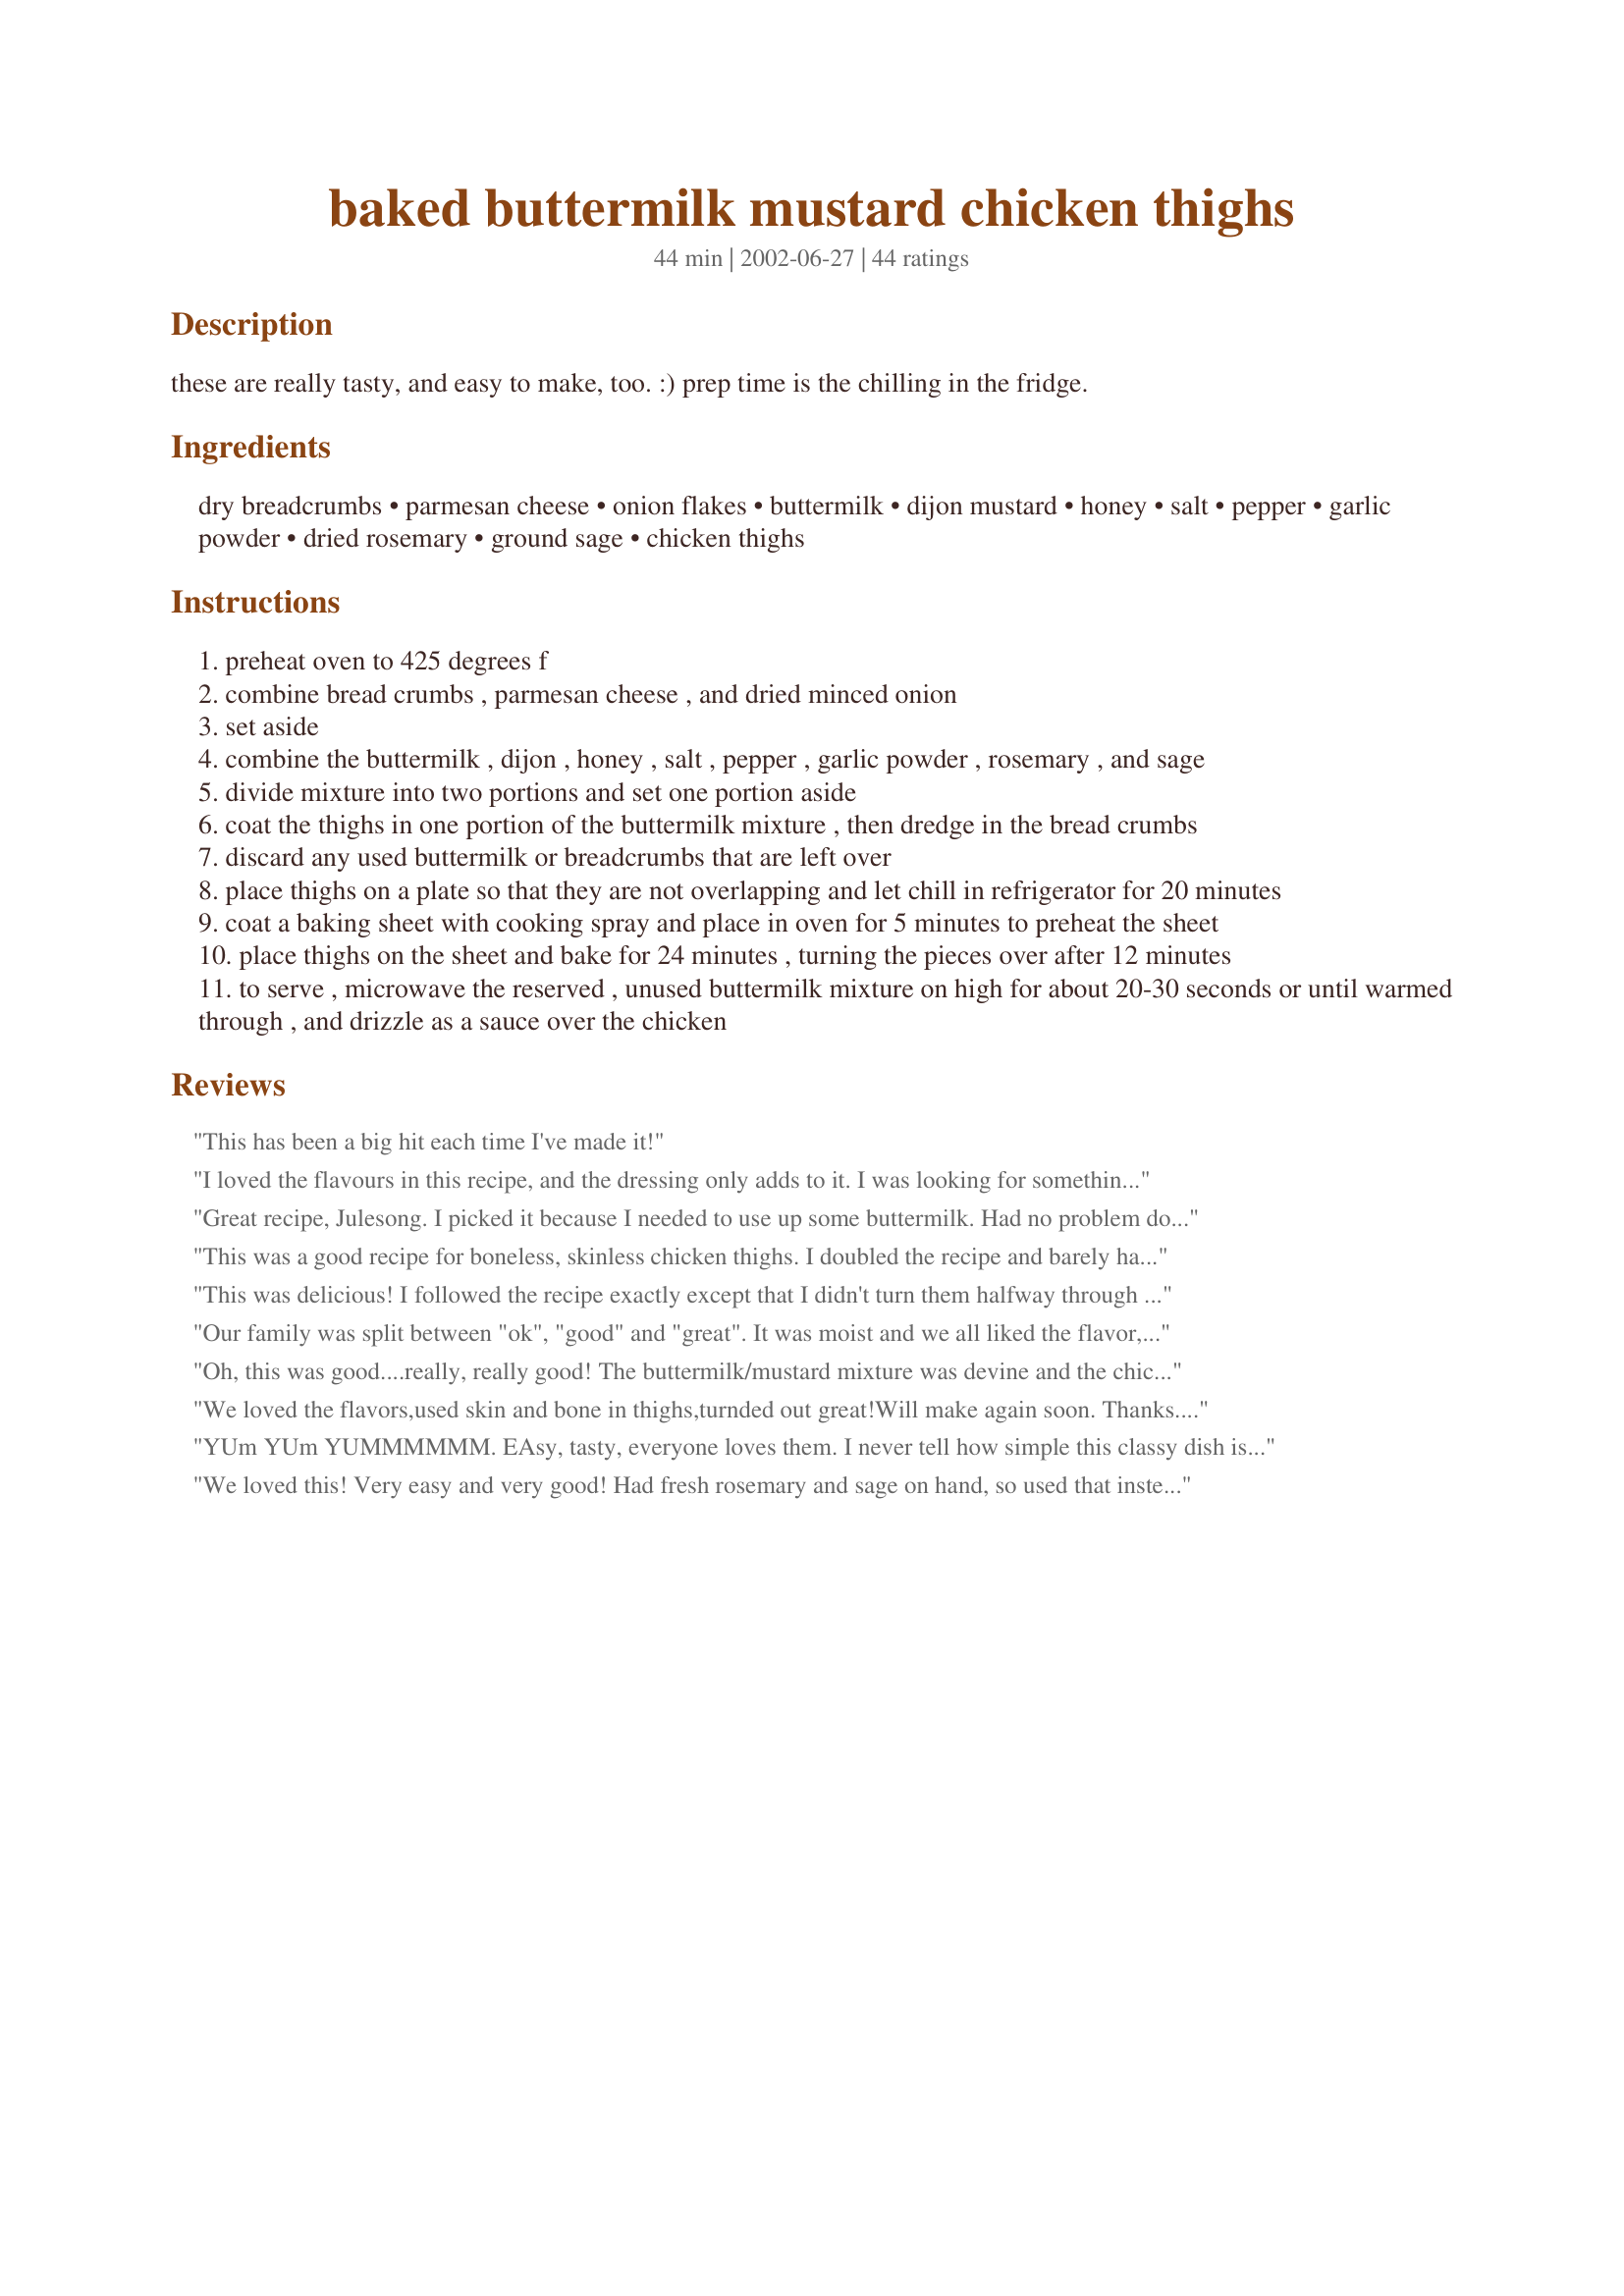
baked buttermilk mustard chicken thighs
Preparation time: 44 minutes

these are really tasty, and easy to make, too. :) prep time is the chilling in the fridge.

Ingredients:
dry breadcrumbs, parmesan cheese, onion flakes, buttermilk, dijon mustard, honey, salt, pepper, garlic powder, dried rosemary, ground sage, chicken thighs

Steps:
preheat oven to 425 degrees f
combine bread crumbs , parmesan cheese , and dried minced onion
set aside
combine the buttermilk , dijon , honey , salt , pepper , garlic powder , rosemary , and sage
divide mixture into two portions and set one portion aside
coat the thighs in one portion of the buttermilk mixture , then dredge in the bread crumbs
discard any used buttermilk or breadcrumbs that are left over
place thighs on a plate so that they are not overlapping and let chill in refrigerator for 20 minutes
coat a baking sheet with cooking spray and place in oven for 5 minutes to preheat the sheet
place thighs on the sheet and bake for 24 minutes , turning the pieces over after 12 minutes
to serve , microwave the reserved , unused buttermilk mixture on high for about 20-30 seconds or until warmed through , and drizzle as a sauce over the chicken

Reviews:
This has been a big hit each time I've made it!
I loved the flavours in this recipe, and the dressing only adds to it. I was looking for something quick and easy with chicken thighs, we had this for our Saturday night supper and were licking our lips, a definite keeper.
Great recipe, Julesong. I picked it because I needed to use up some buttermilk. Had no problem doubling the recipe. Passed the husband and kids taste test so will be using this one again. The marinade/sauce has a nice flavor. Both economical and easy to make. Thanks for posting.
This was a good recipe for boneless, skinless chicken thighs. I doubled the recipe and barely had enough crumb mixture for 8 thigs. I used panko breadcrumbs and a mix of parmesano-reggiano, asiago, and provolone. The coating worked very well with baking. My husband and 8 yr old son loved the flavors. I personally felt that the mustard was a little strong. We all wished the the sauce was a little thicker to go on top, but my husband was willing to take for leftovers and that means this a keeper.
This was delicious! I followed the recipe exactly except that I didn't turn them halfway through cooking (total baking time for me was 35 minutes). They were still very tender and moist. This recipe is a keeper and will be made again! Thank you!!
Our family was split between "ok", "good" and "great". It was moist and we all liked the flavor, but would have liked the chicken to be a little more crisp. Might broil it next time. The mustard was overpowering in the sauce (we doubled the sauce for a total of about 10 thighs and still had plenty) - though we only had Dusseldorf, so I'd cut that in half next time. Served it with brown rice - again, the sauce overpowered the rice, but the chicken was extremely tasty with the rice!
Oh, this was good....really, really good! The buttermilk/mustard mixture was devine and the chicken thighs ended up having a really nice flavor. Thanks for the posting!!
We loved the flavors,used skin and bone in thighs,turnded out great!Will make again soon. Thanks.Linda
YUm YUm YUMMMMMM. EAsy, tasty, everyone loves them. I never tell how simple this classy dish is. People are surprised by what you can do with the amazing very-affordable chicken thigh. hehe. I served this with #34382 and #31403
We loved this! Very easy and very good! Had fresh rosemary and sage on hand, so used that instead of the dried and it came out great! Even the kids ate it, which is our standard for a "keeper" recipe!
I used only about half the honey since I didn't want it to be too sweet. I marinated the skin-on, bone-in chicken in the buttermilk sauce for a few hours before breading it since the meat had the skin. It still didn't seem to penetrate the meat as much as I had hoped. The overall flavor was quite tasty, and I do think I'll make it again. I'm considering simply skillet cooking it in the sauce and just skipping the breading part, since that was kinda soggy anyway, and the stovetop uses a lot less energy (and produces less heat in this hot weather) than the oven does.

Since a few other reviews mentioned the topping sauce being a little thin, I sprinkled in just a pinch of cornstarch before I heated it so that it would thicken a little bit. It was really a delicious sauce.
I made this for my family for dinner. I didn&#039;t have any, so the rating is based on my family&#039;s opinion. They thought it was okay, but were not wowed. When I asked if this recipe was a keeper, I got an &quot;Eh.&quot; and a &quot;I don&#039;t care.&quot; Served with brown rice and beets on the side.
Very good recipe especially if you like mustard. I used 6 nice sized chicken breasts (husband's preference) and doubled the recipe. The amount of the buttermilk mixture was fine. The breadcrumb mixture amount had to be increased even more.
Julesong - I had some chicken thighs (bone-in, skin-on) in my freezer and wanted a recipe that had a crisp coating and a delicious sauce. Your recipe was excellent. I served this with the freezer ore-ida steam 'n mash red potatoes, and pearl onions with cream sauce (my recipe) and the meal was delicious. Next time I make this, I will put the skindown first for about 5-7 minutes, then turn over, and bake for the remainder. Some of the wonerful coating and skin stuck on the pan, even though I sprayed liberally with Pam. The sauce was very good, and I am happy to add this recipe to my cookbook. Thankyou Julesong.
Loved this chicken! I used bonelss chicken thighes and breasts. and used Brownwood Farms Kream Mustard instead of dijon...it was fabulous...really nice and moist.
This was so good I want to rate it twice! Great combination of flavors!! Thanks for posting! I will be making this again for sure!
Thankyou! Thakyou! This recipe was grrreat!!! I have made theis 2x now. First time I used chicken thighs and 2nd time used chicken breasts. I used leftover sauce on top of chicken and it was delicious! Thanks again if I didnt say it enough!
Easy to put together and tasty too! I omitted onion flakes because I didn't have any and substituted yogurt for buttermilk. Very good!
Really good, everyone enjoyed this dish. Very tender with lots of flavor. Buttermilk (lowfat) keeps the chicken moist. Used Grey Poupon and didn&#039;t find the mustard flavor at all overwhelming. I doubled the recipe, but needed to triple the crumb recipe. Used all of the mustard mixture for dipping the chicken, so we went sauceless and it was delicious. Next time I will line the pan with foil for less mess. Followed baking directions but ended up broiling the top for a few minutes cause it was a bit too wet. Will definitely make again. Thanks for sharing the recipe!
Excellent. I made this last night for my husband, who'd been gone all week on a business trip. He loved it! Served it with roasted red potatoes and a cucumber-avocado-asparagus concoction. I'll definitely make this again. Thanks.
We tried this tonight. Now I admit we didn't make it exactly -I was out of breadcrumbs so I used whole wheat tortilla chips that I pulverized in the blender. I wanted the chicken to be really crispy so I only marinated in the sauce, then dunked in the crumbs just before putting in the oven. Now we like skin so this may have affected our outcome. The skin was crunchy and flavorful, the meat moist and tender but not a lot of flavor. We both needed the sauce to taste it in the meat. But found the sweetness was not for us. Will make again without the honey.
I've made this twice now, once with real buttermilk and once with the substitute (1 Tbsp lemon juice or vinegar, then add milk to 1 cup) and real buttermilk is by far better. However both times were delicious! I left the skin on my chicken and cooked skin side down first. They were perfect, will make often. Thanks!
This was fantastic! I loved the sauce. Next time I make this the only change I make will be to double the sauce. My chicken thighs were huge so there wasn't much leftover to pour over. I also had to double the bread coating mixture because it wasn't enough to cover 4 thighs. Absolutely a keeper for my house! Thanks so much for posting!
I had oven issues but it was very good. I used panko crumbs
and had no problem with sogginess. Maybe next time I'll grill without the crumbs--will probably be great that way too!
Delicious! We really enjoyed the recipe- great flavor! I only refrigerated the prepared chicken for 15 minutes- but followed all other instructions.
Wow, this dish was super easy and tasted amazing. I used 4 boneless, skinless breasts so I had to cook it about 3 minutes longer per side than stated in the directions. I also used corn flake crumbs instead of regular bread crumbs as that's all I had and onion powder instead of flakes. The dressing was amazing! Thank you for posting this recipe! I will surely use it again and again.
We really enjoyed this chicken! The sauce made the dish even better. The thighs are my favorite part of the chicken so I'm really happy to have this new way to serve them. Thanks, Julesong! Made for alphabet chefs.
This was such a wonderful main dish for dinner tonight. :) Hubby scored it a 2 thumbs up and I have to agree. I didn't have buttermilk so I used soured milk (soured with vinegar) and it worked perfectly. Will keep this in my cookbook of favorites. Thanks so much for the great recipe.
Hugs,
Susie
We loved this! I had to sub few things: Used breasts in place of thighs and as I didn't have any buttermilk on hand, I made a mixture of double cream, cottage cheese and yoghurt - YUMMY. I also added a mixture of wholegrain and sweet mustard. The sauce was so tasty, I decided to double up and added some sauted, finely sliced red onion and red and yellow sweet peppers - went wonderfully well with your creamy, mustardy sauce! The crumbed breasts, which I allowed to marinate for a few hours in the "buttermilk" sauce, came out just perfect - moist on the inside and crisp on the outside. Thank you for lovely recipe.
I loosely followed this recipe. I mixed up the buttermilk mixture(with less honey, as suggested by others), and placed all the thighs in to marinate in the fridge for 5-6 hours. I don't think you get the benefits from the buttermilk and spices unless you marinate it for a while. Then, I placed the thighs on a baking sheet and topped with the panko mix( I also used chopped chives instead of the dried onion) and pressed to adhere. Baked for the recommended time, but didn't turn the pieces. The chicken was flavorful and so moist, and the topping was crispy and brown. I forgot to reserve some of the buttermilk mix to pour over, but I think it was perfect without. Keeping this recipe on hand! Thanks!
Wow, love this chicken. My family loves it too. Nice and moist. The mustard gives it a nice tang-not too overpowering. Delicious. I followed the recipe exactly the first time. The second time-had to make it again because its so good-I added about 4 tablespoons of butter to the pan. It made it a little more crispy. Also I lowered the oven temperature to 350 and cooked it for 35 min.-using large chicken breast, instead of the thighs. The taste remained the same. Terrific. Thank you Julesong!
We really enjoyed these. The sauce is very good and the coating crisp and flavorful. Served with coleslaw and new potatoes. I will definitely make these again - thank you!
Very good chicken! The skins were SOOOO good! Chicken came out tender and cooked well after about 35 minutes.
Moist and succulent. I used 9 thighes bone in and doubled the marinade mix and used fresh rosemary and sage and after coating them (omited the onion flakes as I don't use them for dietary reasons) in the crumbing mix I put them on a rack and gave them a light spray in olive oil baked at 180C fan forced for 45 minutes for succulent baked and delicious chicken. The sauce was wonderful flavour wise but I think needs to be thickened with a little corn flour - took 60 seconds in a 900 watt microwave to bring up to temperature but a worthwhile addition (only used about a `/3 of it though - we like a little sauce just don't like to drown the dish in it). Thank you Julesong for a love dinner and to Averybird for the recommendation, made for I Recommend Tag Game.
Very good! Tasted wonderful even though most of my breading came off. I'll be sure to spray extra cooking spray next time. :-) The sauce is amazing. It could be used as a salad dressing or sandwich condiment as well. Thanks for sharing.
This is one of my sons favorites. I pound the chicken thin because we like it that way. Great way to use up extra buttermilk.
Excellent flavor, very easy to prepare - I only had time to marinate for 20 minutes this time, next time I'll try for a longer time per other reviews - it can only get better! Thanks for posting Julesong - this will be in our regular dinner rotation.
The only reason I gave this 4 stars and not 5 is because hubby said it was "too tangy." I may have been a bit generous with the mustard, but I thought it was great.

The breading was woefully inadequate for my chicken thighs. I had to make a second batch after dredging just 2 thighs. (They were big thighs.)

Also, the time to cook was too short. I had to cook mine for at least another 10 minutes (don't remember how much longer) but at the recommended time there was no way it was edible. Maybe that's our high elevation though.

I may try this again with a flavoring modification to please hubby. I thought it really was quite easy and tasty.
WOW this was so good I wanted to drink the sauce but there wasn't any left (and we doubled the sauce - for two of us!). DH baked the chicken thighs in his giant cast iron skillet, then it was served over egg noodles with roasted zucchini, with the sauce on everything. We will make it next time with pork tenderloin medallions to see how that turns out. The two-year old loved it too! Thanks for the keeper.
UPDATE: Made it again with chicken livers instead of thighs. Served over egg noodles with the sauce poured over. It was PERFECT.
It cannot get any easier! I served the sauce as a dipping sauce. The flavor of the chicken is good as it is. The sauce gives it a different dimension. Either way, it was a very satisfying meal. Served with rice and salad. Thank you for posting!
We thought this was excellent! I let mine marinade for about 6 hours and used skinless bone-in thighs. I'll be making this again soon. Thanks for posting.
It's a wonderful recipe!I loved finding something delicious to make with chicken thighs instead of the ususal breasts. My DH and I were making mmmmmmmmmm sounds over every bite of this delicious recipe and will be using it again many times in the future. I used yogurt instead of buttermilk and I liked the thicker texture of the marinade/sauce because of it. I don't think the chicken needed any left over sauce to go on top, it had plenty of flavor without it. Next time I will use Panko bread crumbs for a crunchier crust as mine got sort of soggy. My chicken also needed about 8 more minutes total, probably because of the size of the thighs.
Thank you Julesong! This was so tasty and easy to make. I didn't have sage or onion flakes and soured my own milk with vinegar but it was still five stars. Succenlent, moist and flavourful chicken. Thank you!
We loved this recipe. It was so flavorful. Thanks for posting.
